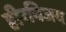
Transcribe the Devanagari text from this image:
हीरविजय